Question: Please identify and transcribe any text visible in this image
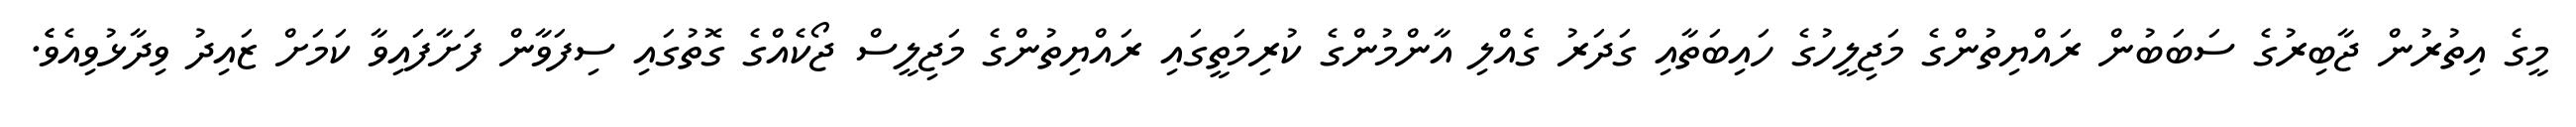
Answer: މީގެ އިތުރުން ޖާބިރުގެ ސަބަބުން ރައްޔިތުންގެ މަޖިލީހުގެ ހައިބަތާއި ގަދަރު ގެއްލި އާންމުންގެ ކުރިމަތީގައި ރައްޔިތުންގެ މަޖިލީސް ޖޯކެއްގެ ގޮތުގައި ސިފަވާން ފަށާފައިވާ ކަމަށް ޒައިދު ވިދާޅުވިއެވެެ.